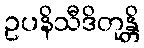
ဥပနိသီဒိတုန္တိ